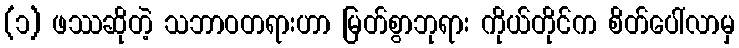
(၁) ဖဿဆိုတဲ့ သဘာဝတရားဟာ မြတ်စွာဘုရား ကိုယ်တိုင်က စိတ်ပေါ်လာမှ